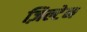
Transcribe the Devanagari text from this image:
ज़िल्टेन